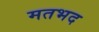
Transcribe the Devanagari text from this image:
मतभद